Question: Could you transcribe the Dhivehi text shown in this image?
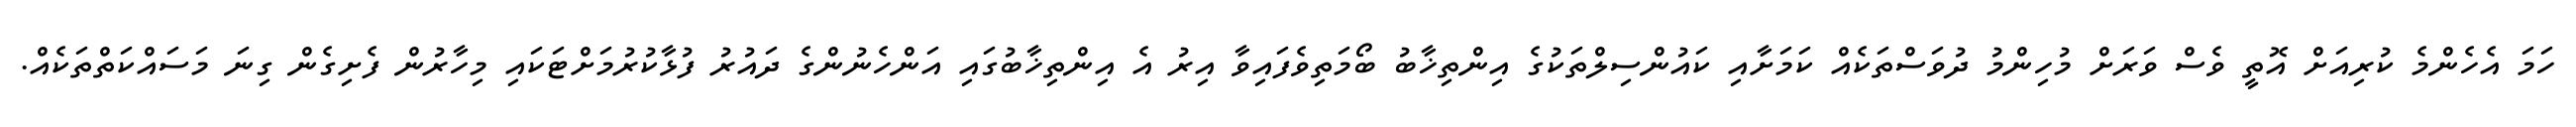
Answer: ހަމަ އެހެންމެ ކުރިއަށް އޮތީ ވެސް ވަރަށް މުހިންމު ދުވަސްތަކެއް ކަމަށާއި ކައުންސިލްތަކުގެ އިންތިޚާބު ބޯމަތިވެފައިވާ އިރު އެ އިންތިޚާބުގައި އަންހެނުންގެ ދައުރު ފުޅާކުރުމަށްޓަކައި މިހާރުން ފެށިގެން ގިނަ މަސައްކަތްތަކެއް.